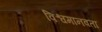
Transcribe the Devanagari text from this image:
विश्वमानवता